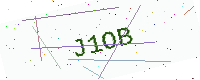
Text: J1OB